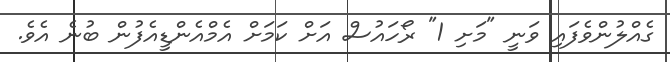
ގެއްލުންވެފައި ވަނީ "މަށި 1" ރޯހައުސް އަށް ކަމަށް އެމްއެންޑީއެފުން ބުނެ އެވެ.